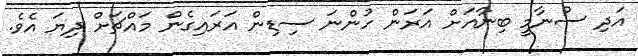
އަދި ސުނާމީ ބިނާއަށް އަރަން ހުންނަ ސިޑިން އަރައިގެން މައްޗަށް ދިޔަ އެވެ.